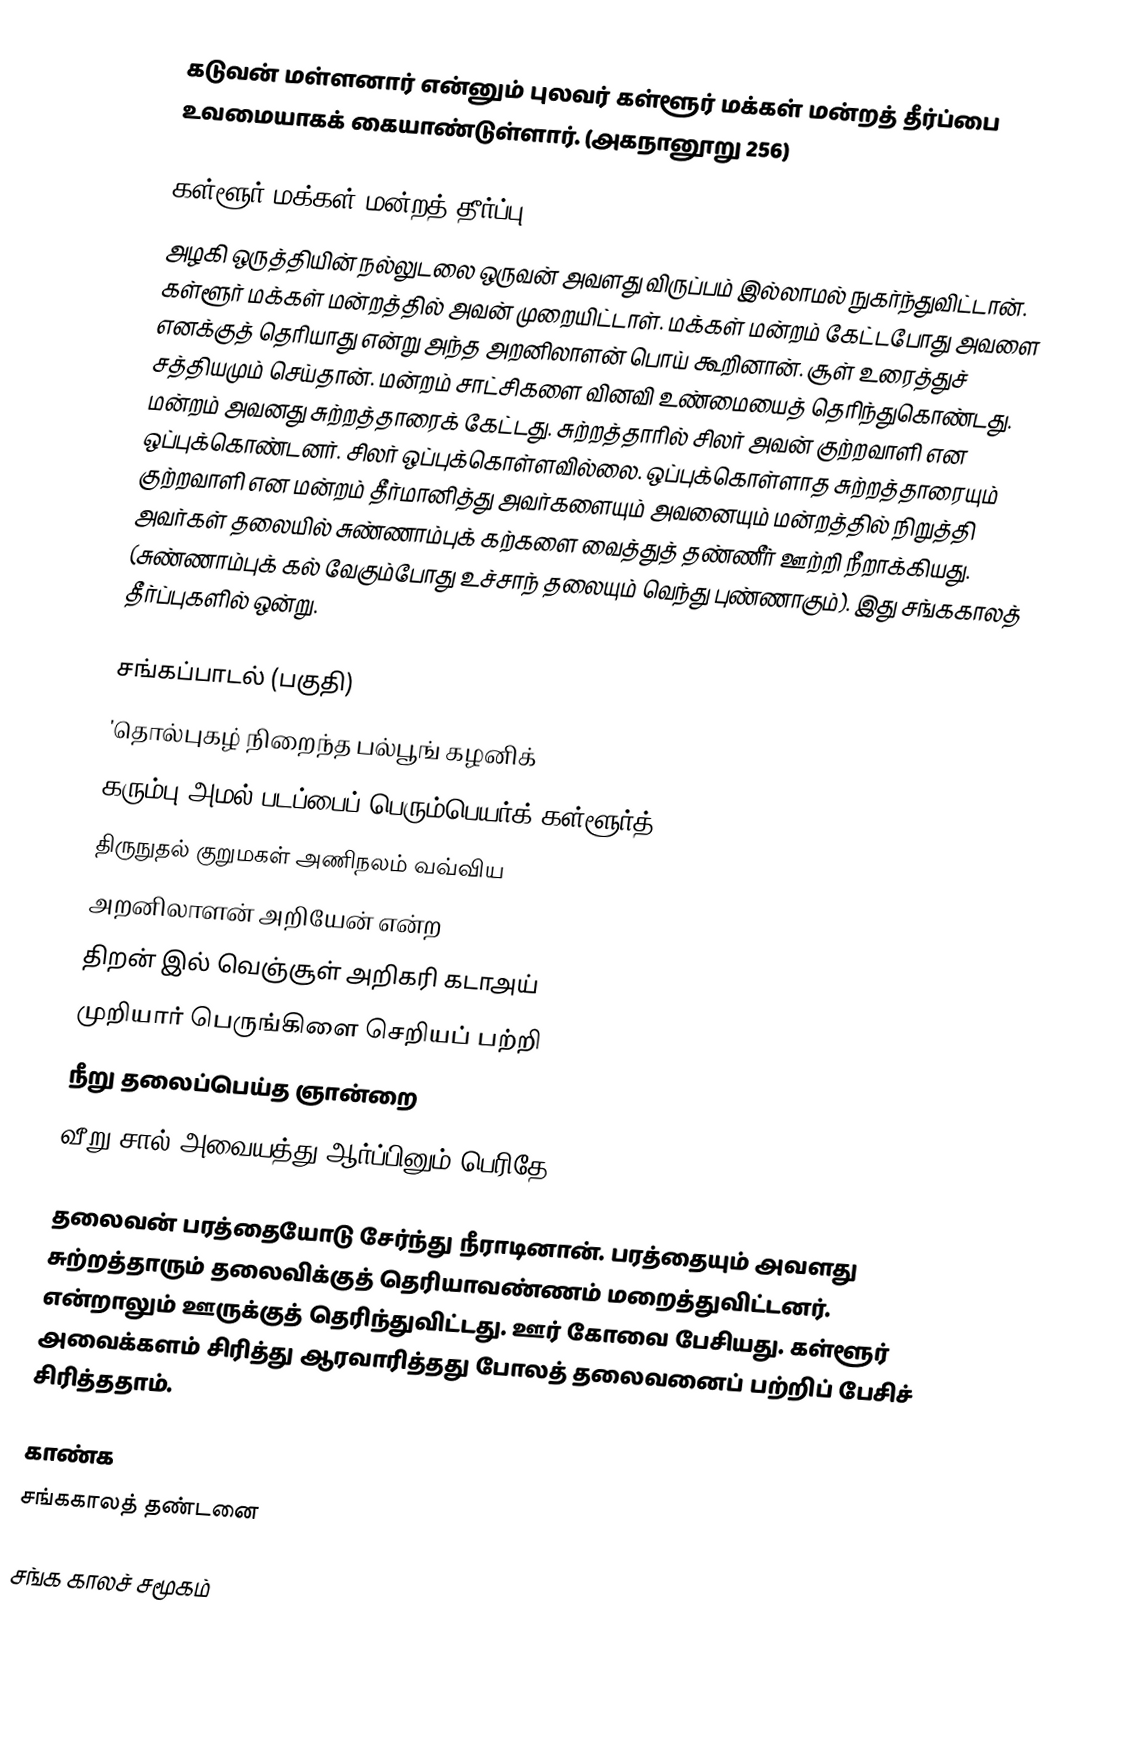
கடுவன் மள்ளனார் என்னும் புலவர் கள்ளூர் மக்கள் மன்றத் தீர்ப்பை உவமையாகக் கையாண்டுள்ளார். (அகநானூறு 256)

கள்ளூர் மக்கள் மன்றத் தீர்ப்பு
அழகி ஒருத்தியின் நல்லுடலை ஒருவன் அவளது விருப்பம் இல்லாமல் நுகர்ந்துவிட்டான். கள்ளூர் மக்கள் மன்றத்தில் அவன் முறையிட்டாள். மக்கள் மன்றம் கேட்டபோது அவளை எனக்குத் தெரியாது என்று அந்த அறனிலாளன் பொய் கூறினான். சூள் உரைத்துச் சத்தியமும் செய்தான். மன்றம் சாட்சிகளை வினவி உண்மையைத் தெரிந்துகொண்டது. மன்றம் அவனது சுற்றத்தாரைக் கேட்டது. சுற்றத்தாரில் சிலர் அவன் குற்றவாளி என ஒப்புக்கொண்டனர். சிலர் ஒப்புக்கொள்ளவில்லை. ஒப்புக்கொள்ளாத சுற்றத்தாரையும் குற்றவாளி என மன்றம் தீர்மானித்து அவர்களையும் அவனையும் மன்றத்தில் நிறுத்தி அவர்கள் தலையில் சுண்ணாம்புக் கற்களை வைத்துத் தண்ணீர் ஊற்றி நீறாக்கியது. (சுண்ணாம்புக் கல் வேகும்போது உச்சாந் தலையும் வெந்து புண்ணாகும்). இது சங்ககாலத் தீர்ப்புகளில் ஒன்று.

சங்கப்பாடல் (பகுதி)
'தொல்புகழ் நிறைந்த பல்பூங் கழனிக்
கரும்பு அமல் படப்பைப் பெரும்பெயர்க் கள்ளூர்த்
திருநுதல் குறுமகள் அணிநலம் வவ்விய
அறனிலாளன் அறியேன் என்ற
திறன் இல் வெஞ்சூள் அறிகரி கடாஅய்
முறியார் பெருங்கிளை செறியப் பற்றி
நீறு தலைப்பெய்த ஞான்றை
வீறு சால் அவையத்து ஆர்ப்பினும் பெரிதே'

தலைவன் பரத்தையோடு சேர்ந்து நீராடினான். பரத்தையும் அவளது சுற்றத்தாரும் தலைவிக்குத் தெரியாவண்ணம் மறைத்துவிட்டனர். என்றாலும் ஊருக்குத் தெரிந்துவிட்டது. ஊர் கோவை பேசியது. கள்ளூர் அவைக்களம் சிரித்து ஆரவாரித்தது போலத் தலைவனைப் பற்றிப் பேசிச் சிரித்ததாம்.

காண்க
 சங்ககாலத் தண்டனை

சங்க காலச் சமூகம்